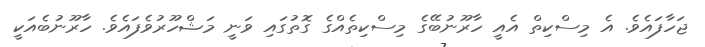
ޖަހާފައެވެ. އެ މިސްކިތް އެއީ ހާރޫނުބޭގެ މިސްކިތެއްގެ ގޮތުގައި ވަނީ މަޝްހޫރުވެފައެވެ. ހާރޫނުބެއަކީ